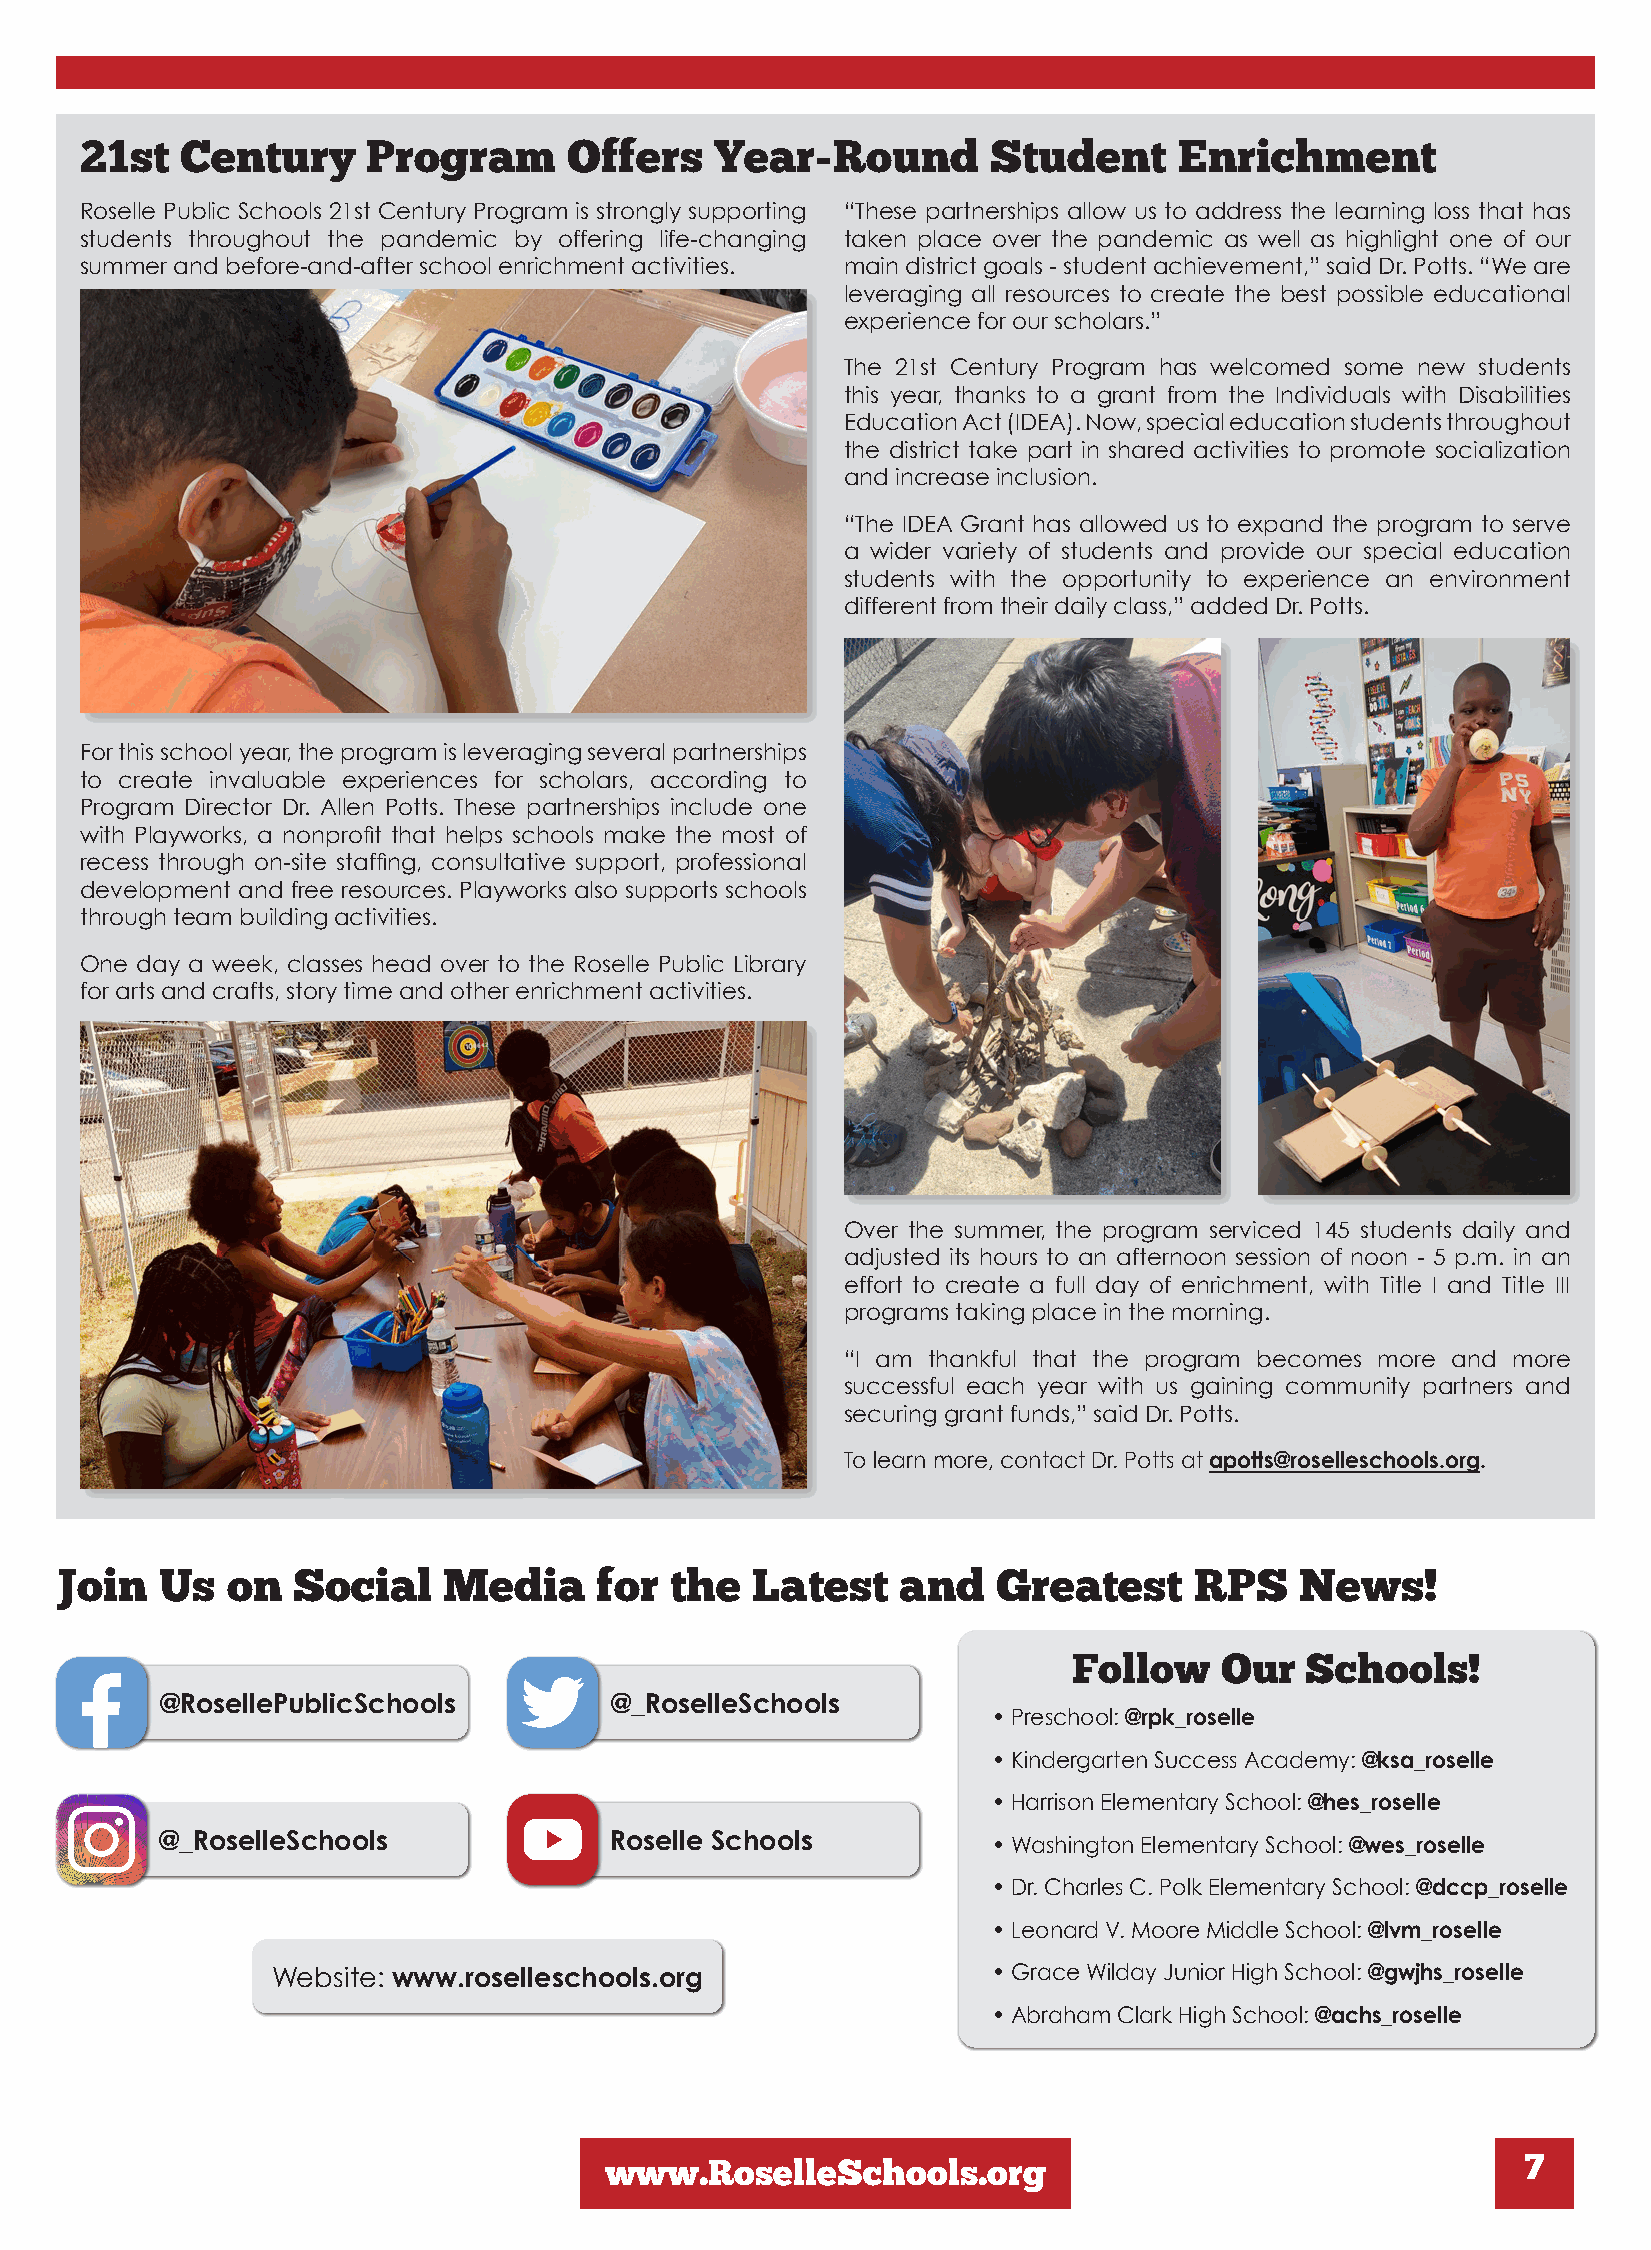
21st   Century     Program       Offers   Year-Round         Student     Enrichment
 Roselle Public Schools 21st Century Program is strongly supporting “These partnerships allow us to address the learning loss that has
 students throughout the pandemic by offering life-changing taken place over the pandemic as well as highlight one of our
 summer and before-and-after school enrichment activities. main district goals - student achievement,” said Dr. Potts. “We are
 leveraging all resources to create the best possible educational
 experience for our scholars.”
 The 21st Century Program has welcomed some new students
 this year, thanks to a grant from the Individuals with Disabilities
 Education Act (IDEA). Now, special education students throughout
 the district take part in shared activities to promote socialization
 and increase inclusion.
 “The IDEA Grant has allowed us to expand the program to serve
 a wider variety of students and provide our special education
 students with the opportunity to experience an environment
 different from their daily class,” added Dr. Potts.
 For this school year, the program is leveraging several partnerships
 to create invaluable experiences for scholars, according to
 Program Director Dr. Allen Potts. These partnerships include one
 with Playworks, a nonprofit that helps schools make the most of
 recess through on-site staffing, consultative support, professional
 development and free resources. Playworks also supports schools
 through team building activities.
 One day a week, classes head over to the Roselle Public Library
 for arts and crafts, story time and other enrichment activities.
 Over the summer, the program serviced 145 students daily and
 adjusted its hours to an afternoon session of noon - 5 p.m. in an
 effort to create a full day of enrichment, with Title I and Title III
 programs taking place in the morning.
 “I am thankful that the program becomes more and more
 successful each year with us gaining community partners and
 securing grant funds,” said Dr. Potts.
 To learn more, contact Dr. Potts at apotts@roselleschools.org.
 Join   Us  on  Social    Media     for  the   Latest    and   Greatest     RPS    News!
 Follow    Our  Schools!
 @RosellePublicSchools        @_RoselleSchools
 • Preschool: @rpk_roselle
 • Kindergarten Success Academy: @ksa_roselle
 • Harrison Elementary School: @hes_roselle
 @_RoselleSchools             Roselle Schools
 • Washington Elementary School: @wes_roselle
 • Dr. Charles C. Polk Elementary School: @dccp_roselle
 • Leonard V. Moore Middle School: @lvm_roselle
 Website: www.roselleschools.org                 • Grace Wilday Junior High School: @gwjhs_roselle
 • Abraham Clark High School: @achs_roselle
 www.RoselleSchools.org                                       7